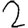
Digit: 2